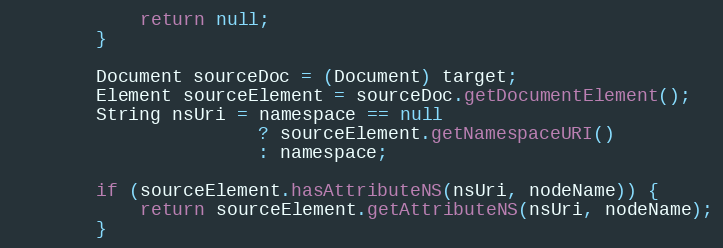
Language: Java
            return null;
        }

        Document sourceDoc = (Document) target;
        Element sourceElement = sourceDoc.getDocumentElement();
        String nsUri = namespace == null
                       ? sourceElement.getNamespaceURI()
                       : namespace;

        if (sourceElement.hasAttributeNS(nsUri, nodeName)) {
            return sourceElement.getAttributeNS(nsUri, nodeName);
        }